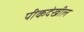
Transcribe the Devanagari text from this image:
पीकदेखील